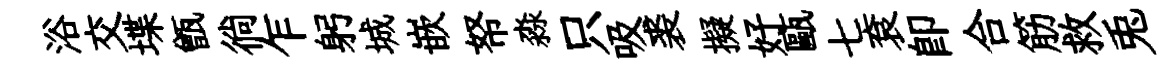
浴交堞甑徜乍躬城嵌帑淼只吸裘擬好甌七袞卽合筋救兎